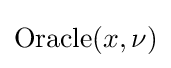
{\text{Oracle}}(x,\nu )